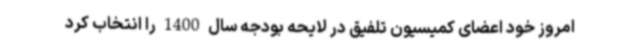
امروز خود اعضای کمیسیون تلفیق در لایحه بودجه سال 1400 را انتخاب کرد